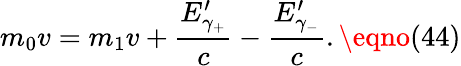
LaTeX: m_{0}v=m_{1}v+\frac{E_{\gamma_{+}}^{\prime}}c-\frac{E_{\gamma_{-}}^{\prime}}c.\eqno(44)